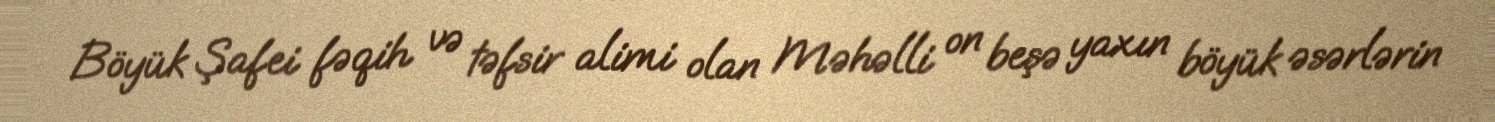
Böyük Şafei fəqih və təfsir alimi olan Məhəlli on beşə yaxın böyük əsərlərin